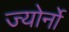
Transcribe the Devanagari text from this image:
ज्योर्नो